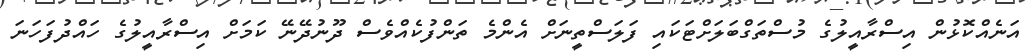
އަނެއްކޮޅުން އިސްރާއީލުގެ މުސްތަގްބަލަށްޓަކައި ފަލަސްތީނަށް އެންމެ ތަންފުކެއްވެސް ދޫނުދޭނޭ ކަމަށް އިސްރާއީލުގެ ހައްދުފަހަނަ